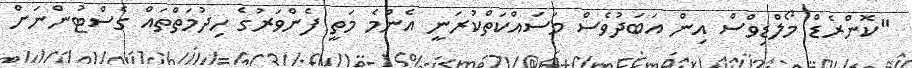
"ކޮންރެޑް މޯލްޑިވްސް އިން އަބަދުވެސް މަސައްކަތްކުރަނީ އެންމެ މަތީ ފެންވަރުގެ ހިދުމަތްތައް ގެސްޓުންނަށް